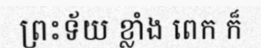
ព្រះទ័យ ខ្លាំង ពេក ក៏